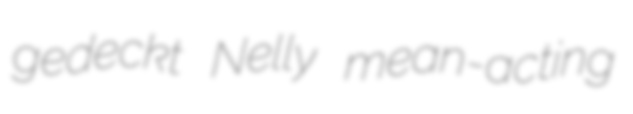
gedeckt Nelly mean-acting